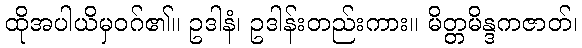
ထိုအပါယိမှဝဂ်၏။ ဥဒါနံ၊ ဥဒါန်းတည်းကား။ မိတ္တမိန္ဒကဇာတ်၊